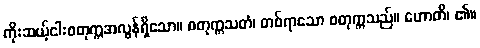
ကိုးဆယ့်ငါးစတုက္ကအလွန်ရှိသော။ စတုက္ကသတံ၊ တစ်ရာသော စတုက္ကသည်။ ဟောတိ၊ ၏။